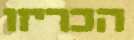
הכריזו